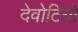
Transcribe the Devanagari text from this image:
देवोटियो